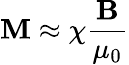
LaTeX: \mathbf{M}\approx\chi{\frac{\mathbf{B}}{\mu_{0}}}